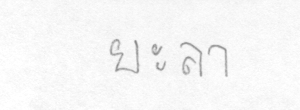
ยะลา